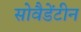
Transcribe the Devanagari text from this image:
सोवैडेंटीन